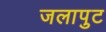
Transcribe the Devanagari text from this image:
जलापुट